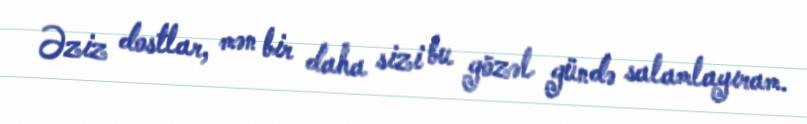
Əziz dostlar, mən bir daha sizi bu gözəl gündə salamlayıram.